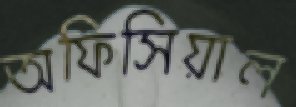
অফিসিয়াল